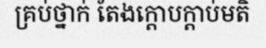
គ្រប់ថ្នាក់ តែងក្តោបក្តាប់មតិ